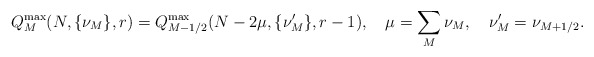
\begin{align*}Q_M^{\max}(N,\{\nu_M\},r) = Q_{M-1/2}^{\max}(N-2\mu ,\{\nu_M'\},r-1),\quad \mu = \sum_M \nu_M ,\quad \nu_M'=\nu_{M+1/2}.\end{align*}